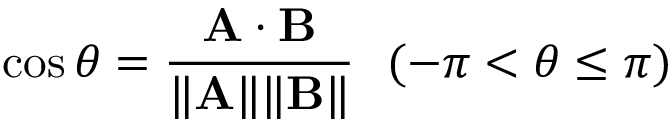
\cos \theta = { \frac { \mathbf { A \cdot B } } { \| \mathbf { A } \| \| \mathbf { B } \| } } \ \ ( - \pi < \theta \leq \pi )